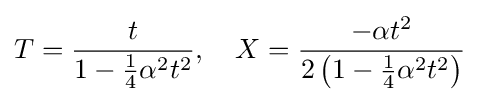
T={\frac {t}{1-{\frac {1}{4}}\alpha {}^{2}t^{2}}},\quad X={\frac {-\alpha t^{2}}{2\left(1-{\frac {1}{4}}\alpha {}^{2}t^{2}\right)}}